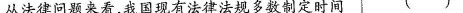
是从法律问题来看，我国现有法律法规多数制定时间 ( )